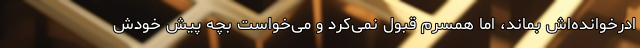
ادرخوانده‌اش بماند، اما همسرم قبول نمی‌کرد و می‌خواست بچه پیش خودش